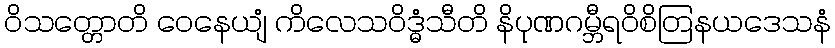
ဝိသတ္တောတိ ဝေနေယျံ ကိလေသဝိဒ္ဓံသီတိ နိပုဏဂမ္ဘီရဝိစိတြနယဒေသနံ